Vaccination in the Punjab 1897-1904 - 1897-1904
Year: 1897
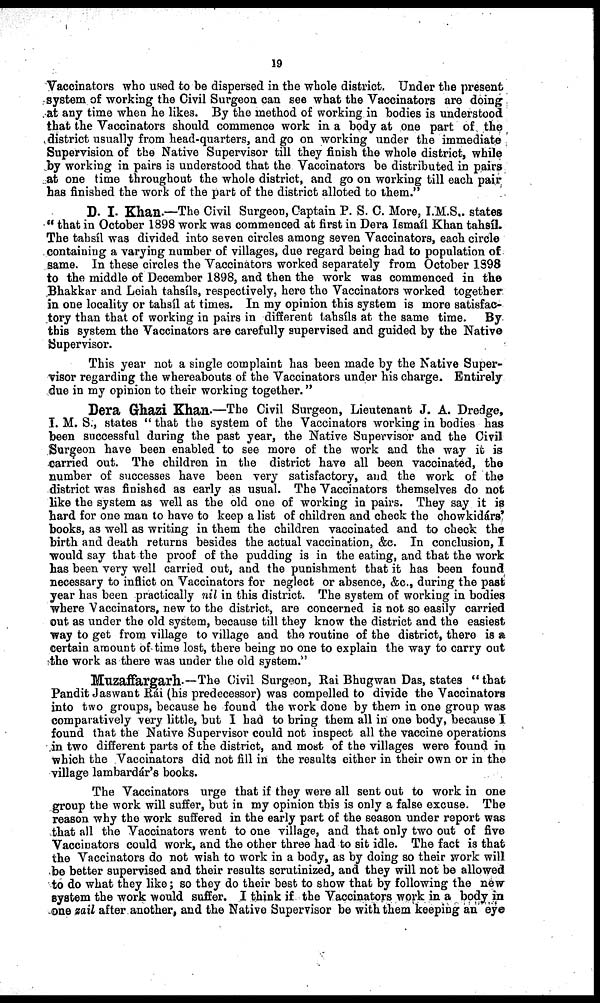
19
Vaccinators who used to be dispersed in the whole district. Under the present
system of working the Civil Surgeon can see what the Vaccinators are doing
at any time when he likes. By the method of working in bodies is understood
that the Vaccinators should commence work in a body at one part of the
district usually from head-quarters, and go on working under the immediate
Supervision of the Native Supervisor till they finish the whole district, while
by working in pairs is understood that the Vaccinators be distributed in pairs
at one time throughout the whole district, and go on working till each pair
has finished the work of the part of the district alloted to them."
D. I. Khan.—The Civil Surgeon, Captain P. S. C. More, I.M.S.. states
"that in October 1898 work was commenced at first in Dera Ismaíl Khan tahsíl.
The tahsíl was divided into seven circles among seven Vaccinators, each circle
containing a varying number of villages, due regard being had to population of
same. In these circles the Vaccinators worked separately from October 1898
to the middle of December 1898, and then the work was commenced in the
Bhakkar and Leiah tahsíls, respectively, here the Vaccinators worked together
in one locality or tahsíl at times. In my opinion this system is more satisfac-
tory than that of working in pairs in different tahsíls at the same time. By
this system the Vaccinators are carefully supervised and guided by the Native
Supervisor.
This year not a single complaint has been made by the Native Super-
visor regarding the whereabouts of the Vaccinators under his charge. Entirely
due in my opinion to their working together."
Dera Ghazì Khan.—The Civil Surgeon, Lieutenant J. A. Dredge,
I. M. S., states " that the system of the Vaccinators working in bodies has
been successful during the past year, the Native Supervisor and the Civil
Surgeon have been enabled to see more of the work and the way it is
carried out. The children in the district have all been vaccinated, the
number of successes have been very satisfactory, and the work of the
district was finished as early as usual. The Vaccinators themselves do not
like the system as well as the old one of working in pairs. They say it is
hard for one man to have to keep a list of children and check the chowkidárs'
books, as well as writing in them the children vaccinated and to check the
birth and death returns besides the actual vaccination, &c. In conclusion, I
would say that the proof of the pudding is in the eating, and that the work
has been very well carried out, and the punishment that it has been found
necessary to inflict on Vaccinators for neglect or absence, &c., during the past
year has been practically nil in this district. The system of working in bodies
where Vaccinators, new to the district, are concerned is not so easily carried
out as under the old system, because till they know the district and the easiest
way to get from village to village and the routine of the district, there is a
certain amount of time lost, there being no one to explain the way to carry out
the work as there was under the old system."
Muzaffargarh — The Civil Surgeon, Rai Bhugwan Das, states "that
Pandit Jaswant Rái (his predecessor) was compelled to divide the Vaccinators
into two groups, because he found the work done by them in one group was
comparatively very little, but I had to bring them all in one body, because I
found that the Native Supervisor could not inspect all the vaccine operations
in two different parts of the district, and most of the villages were found in
which the Vaccinators did not fill in the results either in their own or in the
village lambardár's books.
The Vaccinators urge that if they were all sent out to work in one
group the work will suffer, but in my opinion this is only a false excuse. The
reason why the work suffered in the early part of the season under report was
that all the Vaccinators went to one village, and that only two out of five
Vaccinators could work, and the other three had to sit idle. The fact is that
the Vaccinators do not wish to work in a body, as by doing so their work will
be better supervised and their results scrutinized, and they will not be allowed
to do what they like; so they do their best to show that by following the new
system the work would suffer. I think if the Vaccinators work in a body in
one zail after another, and the Native Supervisor be with them keeping an eye